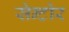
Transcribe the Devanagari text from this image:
सेन्टोर